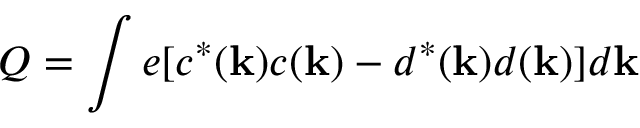
Q = \int e [ c ^ { \ast } ( { \bf k } ) c ( { \bf k } ) - d ^ { \ast } ( { \bf k } ) d ( { \bf k } ) ] d { \bf k }